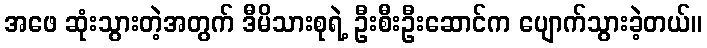
အဖေ ဆုံးသွားတဲ့အတွက် ဒီမိသားစုရဲ့ ဦးစီးဦးဆောင်က ပျောက်သွားခဲ့တယ်။